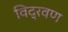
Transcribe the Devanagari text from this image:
विद्रवण